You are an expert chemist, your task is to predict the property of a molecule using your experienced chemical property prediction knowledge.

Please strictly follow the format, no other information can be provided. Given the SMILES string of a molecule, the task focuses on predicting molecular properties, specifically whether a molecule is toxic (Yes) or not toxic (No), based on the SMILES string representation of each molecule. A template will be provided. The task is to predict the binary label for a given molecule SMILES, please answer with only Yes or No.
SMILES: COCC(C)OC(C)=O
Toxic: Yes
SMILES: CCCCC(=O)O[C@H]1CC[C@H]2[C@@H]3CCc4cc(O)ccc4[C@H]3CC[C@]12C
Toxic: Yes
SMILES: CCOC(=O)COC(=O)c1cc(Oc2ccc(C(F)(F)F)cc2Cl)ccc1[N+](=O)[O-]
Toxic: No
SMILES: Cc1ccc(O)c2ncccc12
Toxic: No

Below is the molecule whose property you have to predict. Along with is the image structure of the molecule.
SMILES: CC1(C)O[C@H]2CC(=O)OC[C@@]23[C@H]1CC(=O)[C@]1(C)[C@@H]3CC[C@@]2(C)[C@H](c3ccoc3)OC(=O)[C@H]3O[C@]321
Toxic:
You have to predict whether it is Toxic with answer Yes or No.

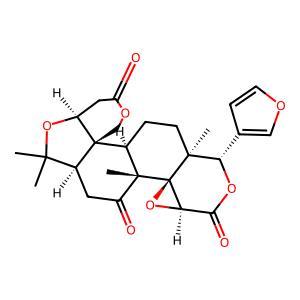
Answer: Yes